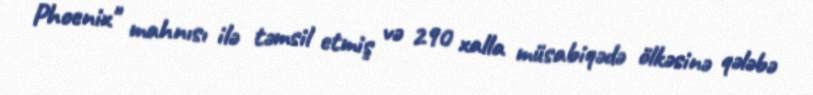
Phoenix" mahnısı ilə təmsil etmiş və 290 xalla müsabiqədə ölkəsinə qələbə